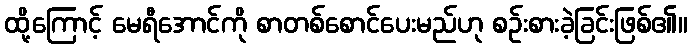
ထို့ကြောင့် မေရီအောင်ကို စာတစ်စောင်ပေးမည်ဟု စဉ်းစားခဲ့ခြင်းဖြစ်၏။